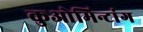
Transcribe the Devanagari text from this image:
कुओमिन्टांग